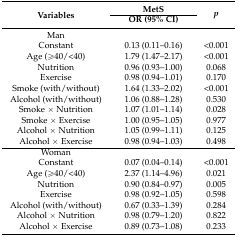
<table><thead><tr><td rowspan="2"><b>Variables</b></td><td><b>MetS</b></td><td rowspan="2"><b><i>p</i></b></td></tr><tr><td><b>OR (95% CI)</b></td></tr></thead><tbody><tr><td>Man</td><td></td><td></td></tr><tr><td>Constant</td><td>0.13 (0.11–0.16)</td><td>&lt;0.001</td></tr><tr><td>Age (≥40/&lt;40)</td><td>1.79 (1.47–2.17)</td><td>&lt;0.001</td></tr><tr><td>Nutrition</td><td>0.96 (0.93–1.00)</td><td>0.068</td></tr><tr><td>Exercise</td><td>0.98 (0.94–1.01)</td><td>0.170</td></tr><tr><td>Smoke (with/without)</td><td>1.64 (1.33–2.02)</td><td>&lt;0.001</td></tr><tr><td>Alcohol (with/without)</td><td>1.06 (0.88–1.28)</td><td>0.530</td></tr><tr><td>Smoke × Nutrition</td><td>1.07 (1.01–1.14)</td><td>0.028</td></tr><tr><td>Smoke × Exercise</td><td>1.00 (0.95–1.05)</td><td>0.977</td></tr><tr><td>Alcohol × Nutrition</td><td>1.05 (0.99–1.11)</td><td>0.125</td></tr><tr><td>Alcohol × Exercise</td><td>0.98 (0.94–1.03)</td><td>0.498</td></tr><tr><td>Woman</td><td></td><td></td></tr><tr><td>Constant</td><td>0.07 (0.04–0.14)</td><td>&lt;0.001</td></tr><tr><td>Age (≥40/&lt;40)</td><td>2.37 (1.14–4.96)</td><td>0.021</td></tr><tr><td>Nutrition</td><td>0.90 (0.84–0.97)</td><td>0.005</td></tr><tr><td>Exercise</td><td>0.98 (0.92–1.05)</td><td>0.598</td></tr><tr><td>Alcohol (with/without)</td><td>0.67 (0.33–1.39)</td><td>0.284</td></tr><tr><td>Alcohol × Nutrition</td><td>0.98 (0.79–1.20)</td><td>0.822</td></tr><tr><td>Alcohol × Exercise</td><td>0.89 (0.73–1.08)</td><td>0.233</td></tr></tbody></table>